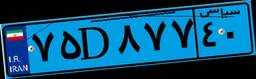
۲۸D۹۶۴۰۴